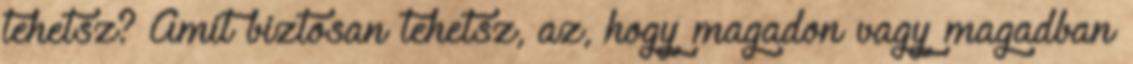
tehetsz? Amit biztosan tehetsz, az, hogy magadon vagy magadban